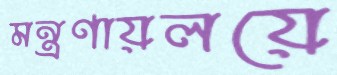
মন্ত্রণায়লয়ে